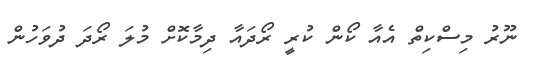
ނޫރު މިސްކިތް އެއާ ކޯން ކުރީ ރޯދައާ ދިމާކޮށް މުލަ ރޯދަ ދުވަހުން